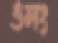
ওলং